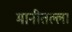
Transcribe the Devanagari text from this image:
मानीतल्ला